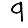
Digit: 9